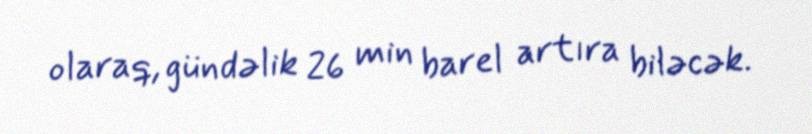
olaraq, gündəlik 26 min barel artıra biləcək.